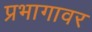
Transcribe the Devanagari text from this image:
प्रभागावर